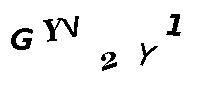
GYV2Y1